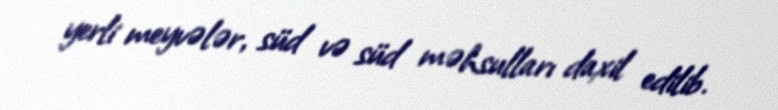
yerli meyvələr, süd və süd məhsulları daxil edilib.